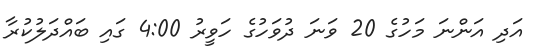
އަދި އަންނަ މަހުގެ 20 ވަނަ ދުވަހުގެ ހަވީރު 4:00 ގައި ބައްދަލުކުރާ